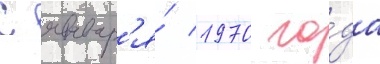
С январ'я́ 1970 го́да